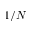
1 / N